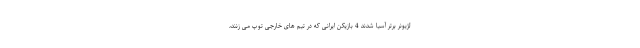
لژیونر برتر آسیا شدند 4 بازیکن ایرانی که در تیم های خارجی توپ می زنند،